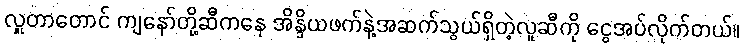
လှူတာတောင် ကျနော်တို့ဆီကနေ အိန္ဒိယဖက်နဲ့အဆက်သွယ်ရှိတဲ့လူဆီကို ငွေအပ်လိုက်တယ်။